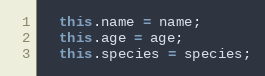
Language: JavaScript
  this.name = name;
  this.age = age;
  this.species = species;